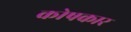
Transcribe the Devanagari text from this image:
काेषकार